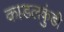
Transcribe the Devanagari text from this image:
काडलकुंडी